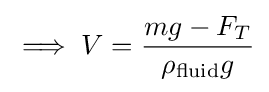
\implies V={\frac {mg-F_{T}}{\rho _{\text{fluid}}g}}